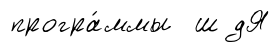
програ́ммы ш дЯ